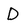
Character: D